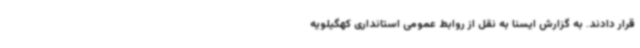
قرار دادند. به گزارش ایسنا به نقل از روابط عمومی استانداری کهگیلویه